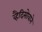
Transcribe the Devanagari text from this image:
व्हैदिसोवाने